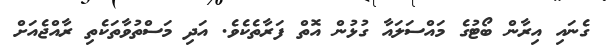
ގެނައި އިރާން ބޯޓުގެ މައްސަލައާ ގުޅުން އޮތް ފަރާތެކެވެ. އަދި މަސްތުވާތަކެތި ރާއްޖެއަށް